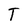
Character: T